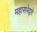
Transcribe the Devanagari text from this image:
महासभेद्वारे